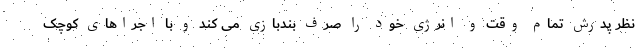
نظر پدرش تمام وقت و انرژی خود را صرف بندبازی می کند و با اجراهای کوچک